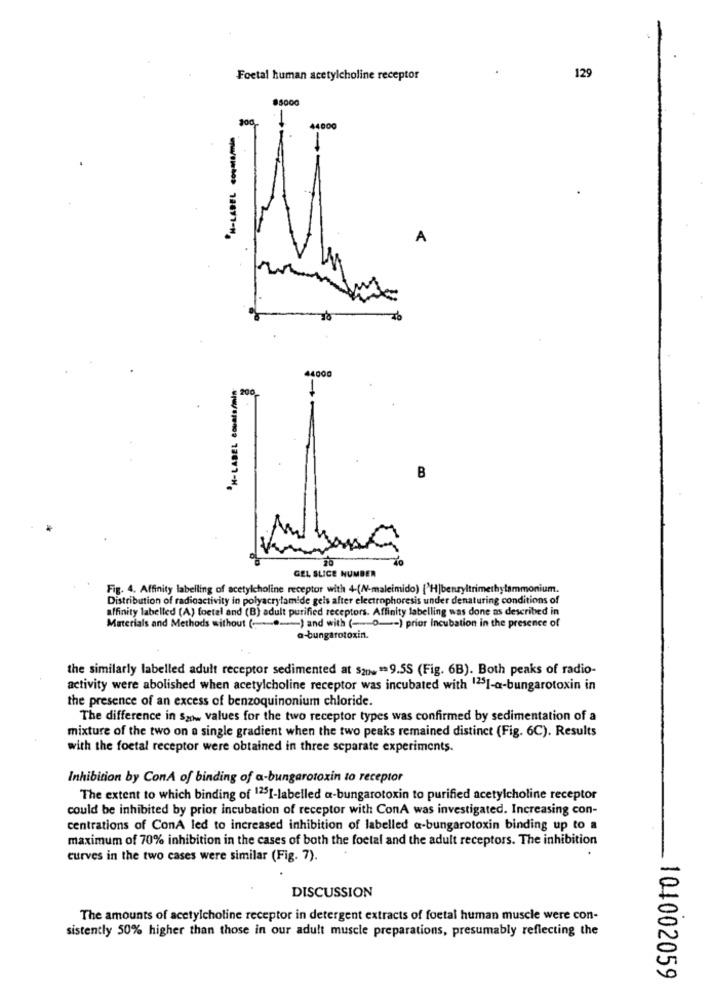
Foctal human acetylcholine receptor
129
85000
4000
A
To
44000
PH-LABEL Counts/min
200
-
B
GEL SLICE NUMBER
Fig. 4. Affinity labelling of acetylcholine receptor with 4-(N-maleimido) ['H|benzyltrimethylammonium.
Distribution of radioactivity in polyacrylamide gels after electrophoresis under denaturing conditions of
affinity labelled (A) foetal and (B) adult purified receptors. Affinity labelling was done as described in
Materials and Methods without ( -.... ) and with (-O -- ) prior Incubation in the presence of
a-bungarotoxin.
the similarly labelled adult receptor sedimented at $2p= == 9.55 (Fig. 6B). Both peaks of radio-
activity were abolished when acetylcholine receptor was incubated with 1251-a-bungarotoxin in
the presence of an excess of benzoquinonium chloride.
The difference in Saw values for the two receptor types was confirmed by sedimentation of a
mixture of the two on a single gradient when the two peaks remained distinct (Fig. 6C). Results
with the foetal receptor were obtained in three separate experiments.
Inhibition by ConA of binding of a-bungarotoxin to receptor
The extent to which binding of 1251-labelled a-bungarotoxin to purified acetylcholine receptor
could be inhibited by prior incubation of receptor with ConA was investigated. Increasing con-
centrations of ConA led to increased inhibition of labelled a-bungarotoxin binding up to a
maximum of 70% inhibition in the cases of both the foetal and the adult receptors. The inhibition
curves in the two cases were similar (Fig. 7).
DISCUSSION
The amounts of acetylcholine receptor in detergent extracts of foetal human muscle were con-
sistently 50% higher than those in our adult muscle preparations, presumably reflecting the
104002059